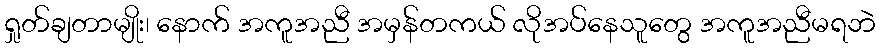
ရှုတ်ချတာမျိုး၊ နောက် အကူအညီ အမှန်တကယ် လိုအပ်နေသူတွေ အကူအညီမရဘဲ